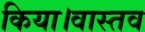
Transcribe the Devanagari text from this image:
किया।वास्तव